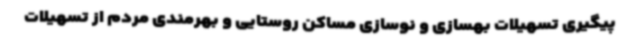
پیگیری تسهیلات بهسازی و نوسازی مساکن روستایی و بهرمندی مردم از تسهیلات